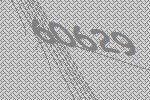
60629